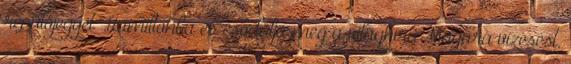
repülőjegyet Hamiltonba és csodálja meg a világhírű Niagara vízesést,